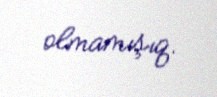
olmamışıq.